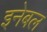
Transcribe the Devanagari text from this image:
इनेबल